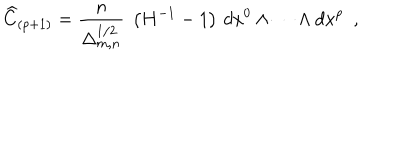
LaTeX: { \widehat C } _ { ( p + 1 ) } = \frac { n } { \Delta _ { m , n } ^ { 1 / 2 } } ~ \left( { H } ^ { - 1 } - 1 \right) \, d x ^ { 0 } \wedge \cdots \wedge d x ^ { p } ~ ~ ,